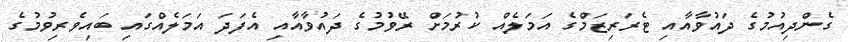
ގެންދިއުމުގެ ދައުވާއާއި ޓެރަރިޒަމްގެ އަމަލެއް ކުރުމަށް ރޭވުމުގެ ދައުވާއާއި އެފަދަ އަމަލެއްގައި ބައިވެރިވުމުގެ